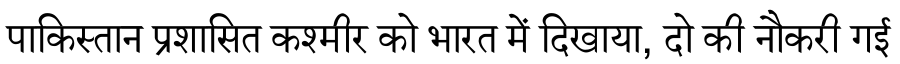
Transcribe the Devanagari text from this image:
पाकिस्तान प्रशासित कश्मीर को भारत में दिखाया, दो की नौकरी गई